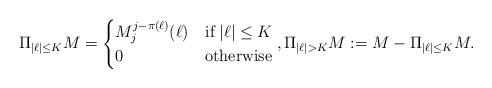
LaTeX: \begin{align*}\Pi_{|\ell|\le K} M= \begin{cases}M_j^{j-\pi(\ell)}(\ell)& \mbox{if}\; |\ell|\le K\\0 & \mbox{otherwise}\end{cases}, \Pi_{|\ell| > K} M := M - \Pi_{|\ell|\le K} M.\end{align*}